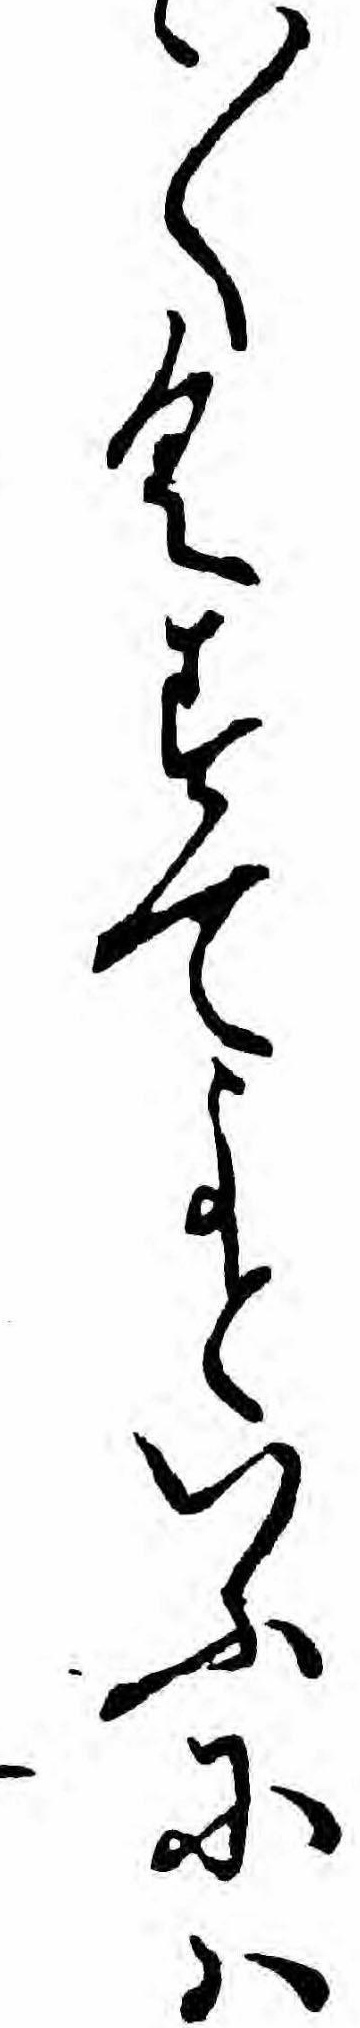
〱くすてよといふにハ